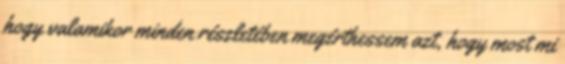
hogy valamikor minden részletében megérthessem azt, hogy most mi